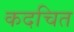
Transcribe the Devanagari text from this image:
कदचित